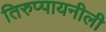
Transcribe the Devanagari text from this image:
तिरुप्पायनीली